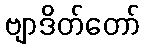
ဗျာဒိတ်တော်